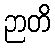
ဉာတိ